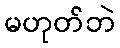
မဟုတ်ဘဲ